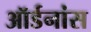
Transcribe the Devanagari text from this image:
ऑर्डनांस